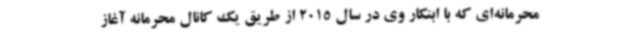
محرمانه‌ای که با ابتکار وی در سال 2015 از طریق یک کانال محرمانه آغاز